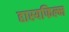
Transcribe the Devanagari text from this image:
हास्यफिल्म